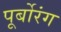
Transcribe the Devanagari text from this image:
पूर्बोरंग